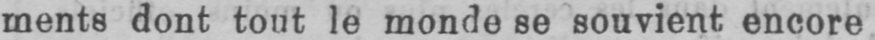
ments dont tout le monde se souvient encore